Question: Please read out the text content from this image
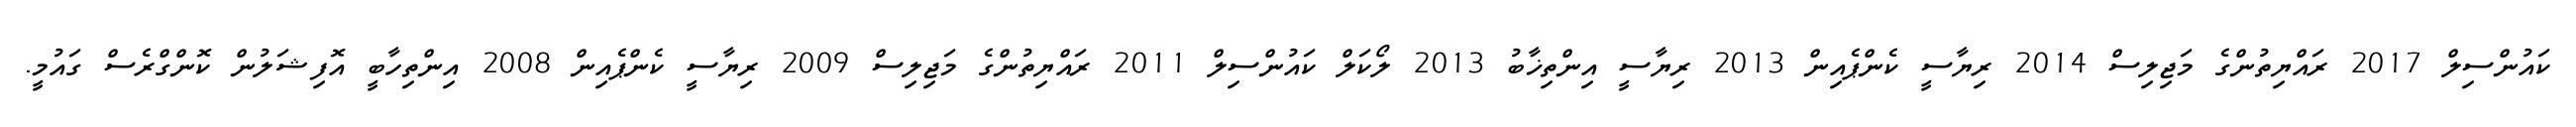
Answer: ކައުންސިލް 2017 ރައްޔިތުންގެ މަޖިލިސް 2014 ރިޔާސީ ކެންޕެއިން 2013 ރިޔާސީ އިންތިޚާބު 2013 ލޯކަލް ކައުންސިލް 2011 ރައްޔިތުންގެ މަޖިލިސް 2009 ރިޔާސީ ކެންޕެއިން 2008 އިންތިހާބީ އޮފިޝަލުން ކޮންގްރެސް ގައުމީ.